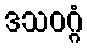
ဒသဝဂ္ဂံ